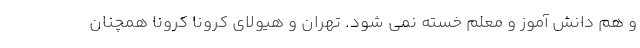
و هم دانش آموز و معلم خسته نمی شود. تهران و هیولای کرونا کرونا همچنان